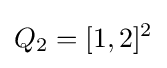
Q_{2}=[1,2]^{2}